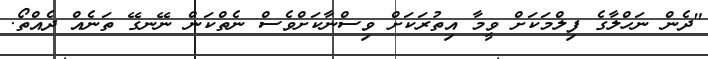
"ދެން ނަހްލާގެ ފިލްމަކަށް ވީމާ އިތުރަކަށް ވިސްނާކަށްވެސް ނެތްކަން ނޭނގޭ ތަނެއް ދެއްތޯ.